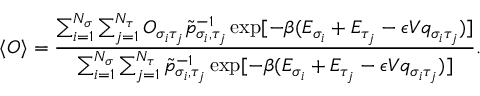
\langle O \rangle = \frac { \sum _ { i = 1 } ^ { N _ { \sigma } } \sum _ { j = 1 } ^ { N _ { \tau } } O _ { \sigma _ { i } \tau _ { j } } \tilde { p } _ { \sigma _ { i } , \tau _ { j } } ^ { - 1 } \exp [ - \beta ( E _ { \sigma _ { i } } + E _ { \tau _ { j } } - \epsilon V q _ { \sigma _ { i } \tau _ { j } } ) ] } { \sum _ { i = 1 } ^ { N _ { \sigma } } \sum _ { j = 1 } ^ { N _ { \tau } } \tilde { p } _ { \sigma _ { i } , \tau _ { j } } ^ { - 1 } \exp [ - \beta ( E _ { \sigma _ { i } } + E _ { \tau _ { j } } - \epsilon V q _ { \sigma _ { i } \tau _ { j } } ) ] } .